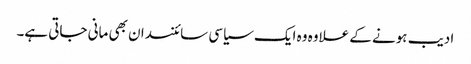
ادیب ہونے کے علاوہ وہ ایک سیاسی سائنسدان بھی مانی جاتی ہے۔